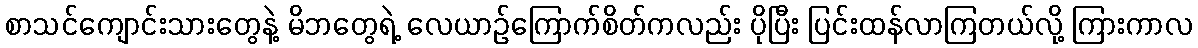
စာသင်ကျောင်းသားတွေနဲ့ မိဘတွေရဲ့ လေယာဉ်ကြောက်စိတ်ကလည်း ပိုပြီး ပြင်းထန်လာကြတယ်လို့ ကြားကာလ